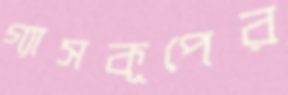
গ্যাসকূপের